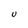
Character: U